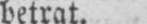
betrat.